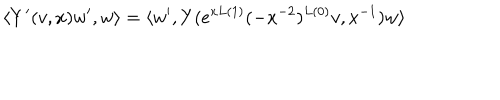
\langle Y ^ { \prime } ( v , x ) w ^ { \prime } , w \rangle = \langle w ^ { \prime } , Y ( e ^ { x L ( 1 ) } ( - x ^ { - 2 } ) ^ { L ( 0 ) } v , x ^ { - 1 } ) w \rangle